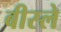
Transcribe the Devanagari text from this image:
बीस्ले